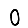
Digit: 0